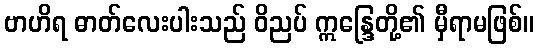
ဗာဟိရ ဓာတ်လေးပါးသည် ဝိညပ် ဣန္ဒြေတို့၏ မှီရာမဖြစ်။